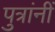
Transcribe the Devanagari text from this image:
पुत्रांनीं